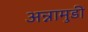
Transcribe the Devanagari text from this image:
अन्नामुडी